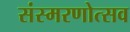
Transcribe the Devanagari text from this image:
संस्मरणोत्सव